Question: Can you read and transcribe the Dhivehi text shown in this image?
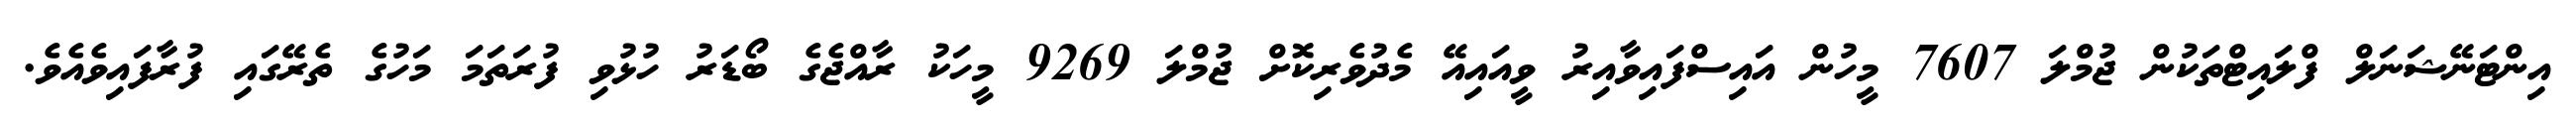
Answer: އިންޓަނޭޝަނަލް ފްލައިޓްތަކުން ޖުމްލަ 7607 މީހުން އައިސްފައިވާއިރު ވީއައިއޭ މެދުވެރިކޮށް ޖުމްލަ 9269 މީހަކު ރާއްޖެގެ ބޯޑަރު ހުޅުވި ފުރަތަމަ މަހުގެ ތެރޭގައި ފުރާފައިވެއެވެ.